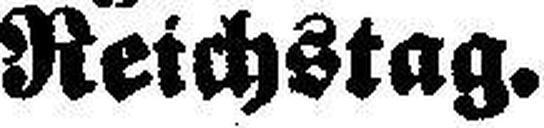
Reichstag.